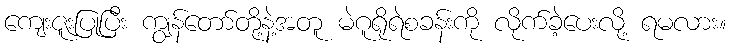
ကျေးဇူးပြုပြီး ကျွန်တော်တို့နဲ့အတူ မဲဂူရိုရဲစခန်းကို လိုက်ခဲ့ပေးလို့ ရမလား။